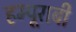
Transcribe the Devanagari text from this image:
हम्पूराबी